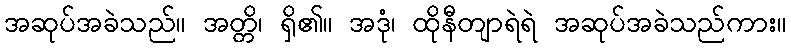
အဆုပ်အခဲသည်။ အတ္တိ၊ ရှိ၏။ အဒုံ၊ ထိုနီတျာရဲရဲ အဆုပ်အခဲသည်ကား။